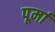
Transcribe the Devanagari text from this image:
पूर्मा